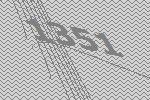
1351